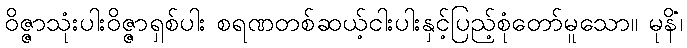
ဝိဇ္ဇာသုံးပါးဝိဇ္ဇာရှစ်ပါး စရဏတစ်ဆယ့်ငါးပါးနှင့်ပြည့်စုံတော်မူသော။ မုနိံ၊